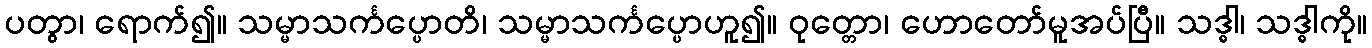
ပတွာ၊ ရောက်၍။ သမ္မာသင်္ကပ္ပောတိ၊ သမ္မာသင်္ကပ္ပောဟူ၍။ ဝုတ္တော၊ ဟောတော်မူအပ်ပြီ။ သဒ္ဓါ၊ သဒ္ဓါကို။